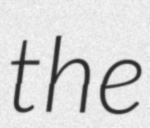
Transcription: the